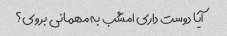
آیا دوست داری امشب به مهمانی بروی؟